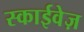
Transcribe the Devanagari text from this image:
स्काईवेज़